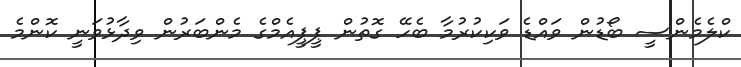
ކްލެމެންސީ ބޯޑުން ވައްޑެ ވަކިކުރުމާ ބެހޭ ގޮތުން ޕީޕީއެމްގެ މެންބަރުން ވިދާޅުވަނީ ކޮންމެ